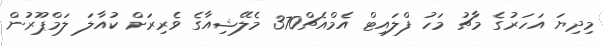
މިދިޔަ އަހަރުގެ މާޗު މަހު ފްލައިޓް އެމްއެޗް370 މެލޭޝިއާގެ ވެރިރަށް ކުއާލަ ލަމްޕޫރުން